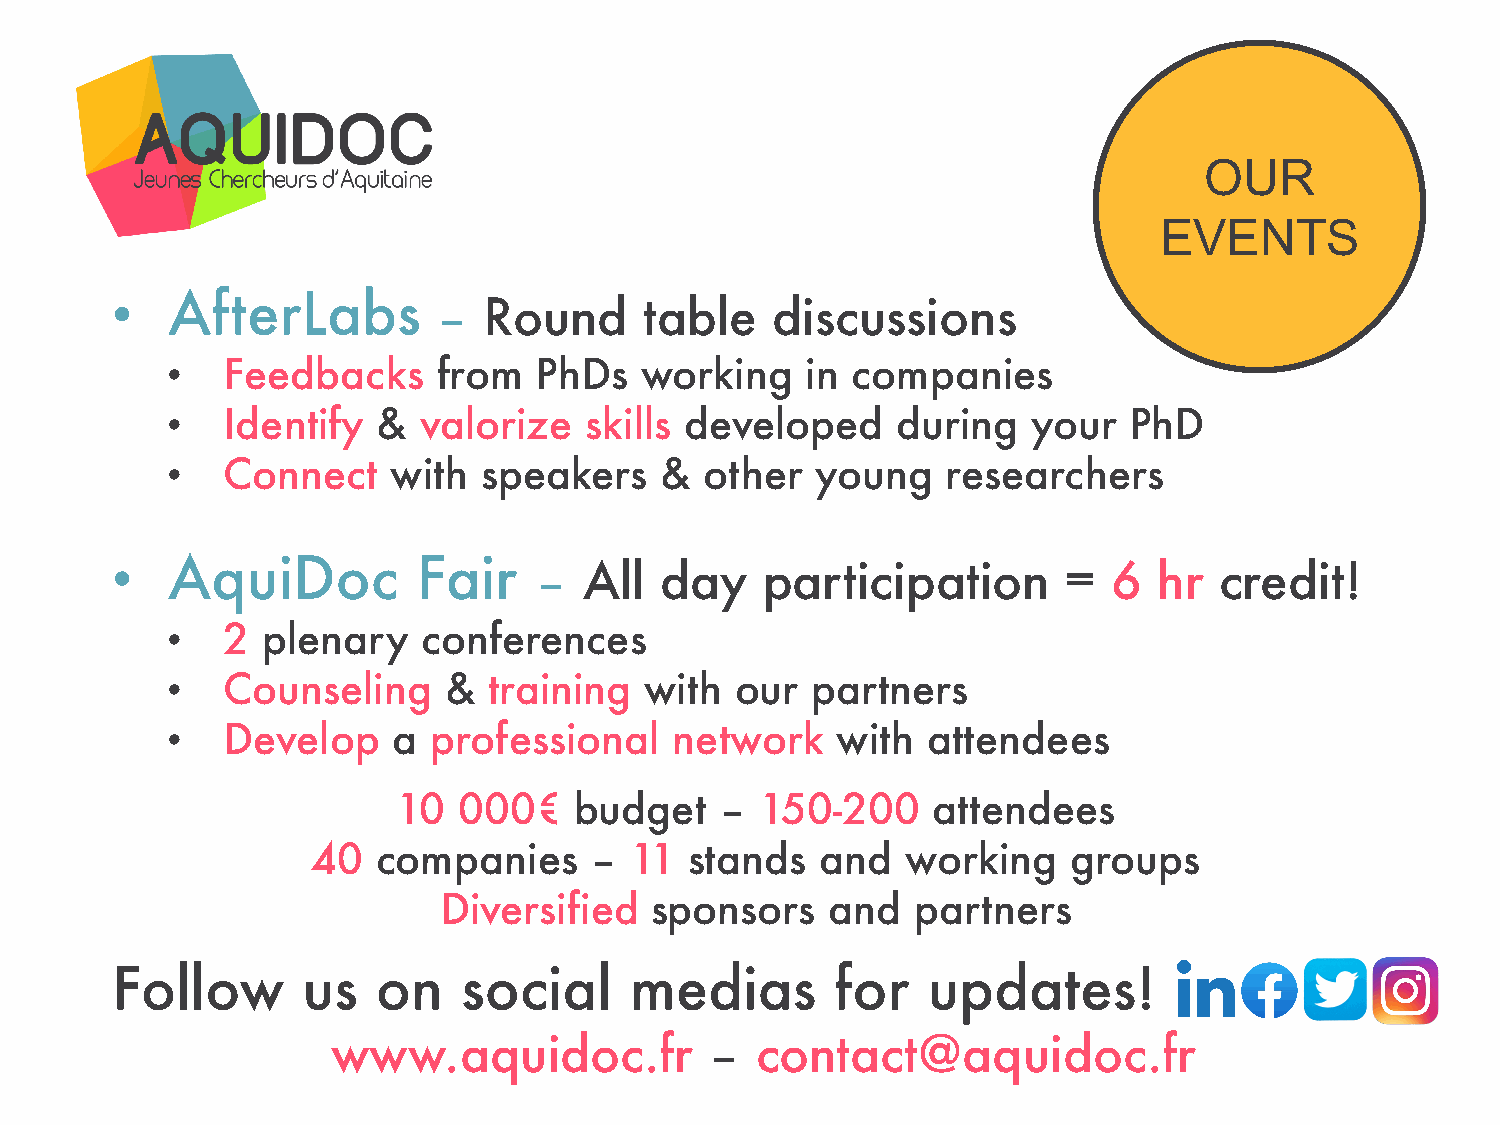
OUR
 EVENTS
 •   AfterLabs         –  Round      table   discussions
 •   Feedbacks     from  PhDs   working    in companies
 •   Identify  &  valorize   skills developed    during   your   PhD
 •   Connect    with  speakers    &  other  young    researchers
 •   AquiDoc          Fair   –   All  day   participation       =   6  hr  credit!
 •   2 plenary    conferences
 •   Counseling    &  training   with  our  partners
 •   Develop    a professional    network    with  attendees
 10  000€    budget    – 150-200     attendees
 40  companies     –  11  stands  and   working    groups
 Diversified   sponsors    and   partners
 Follow       us   on    social     medias       for   updates!
 www.aquidoc.fr           –  contact@aquidoc.fr